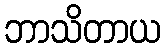
ဘာသိတာယ